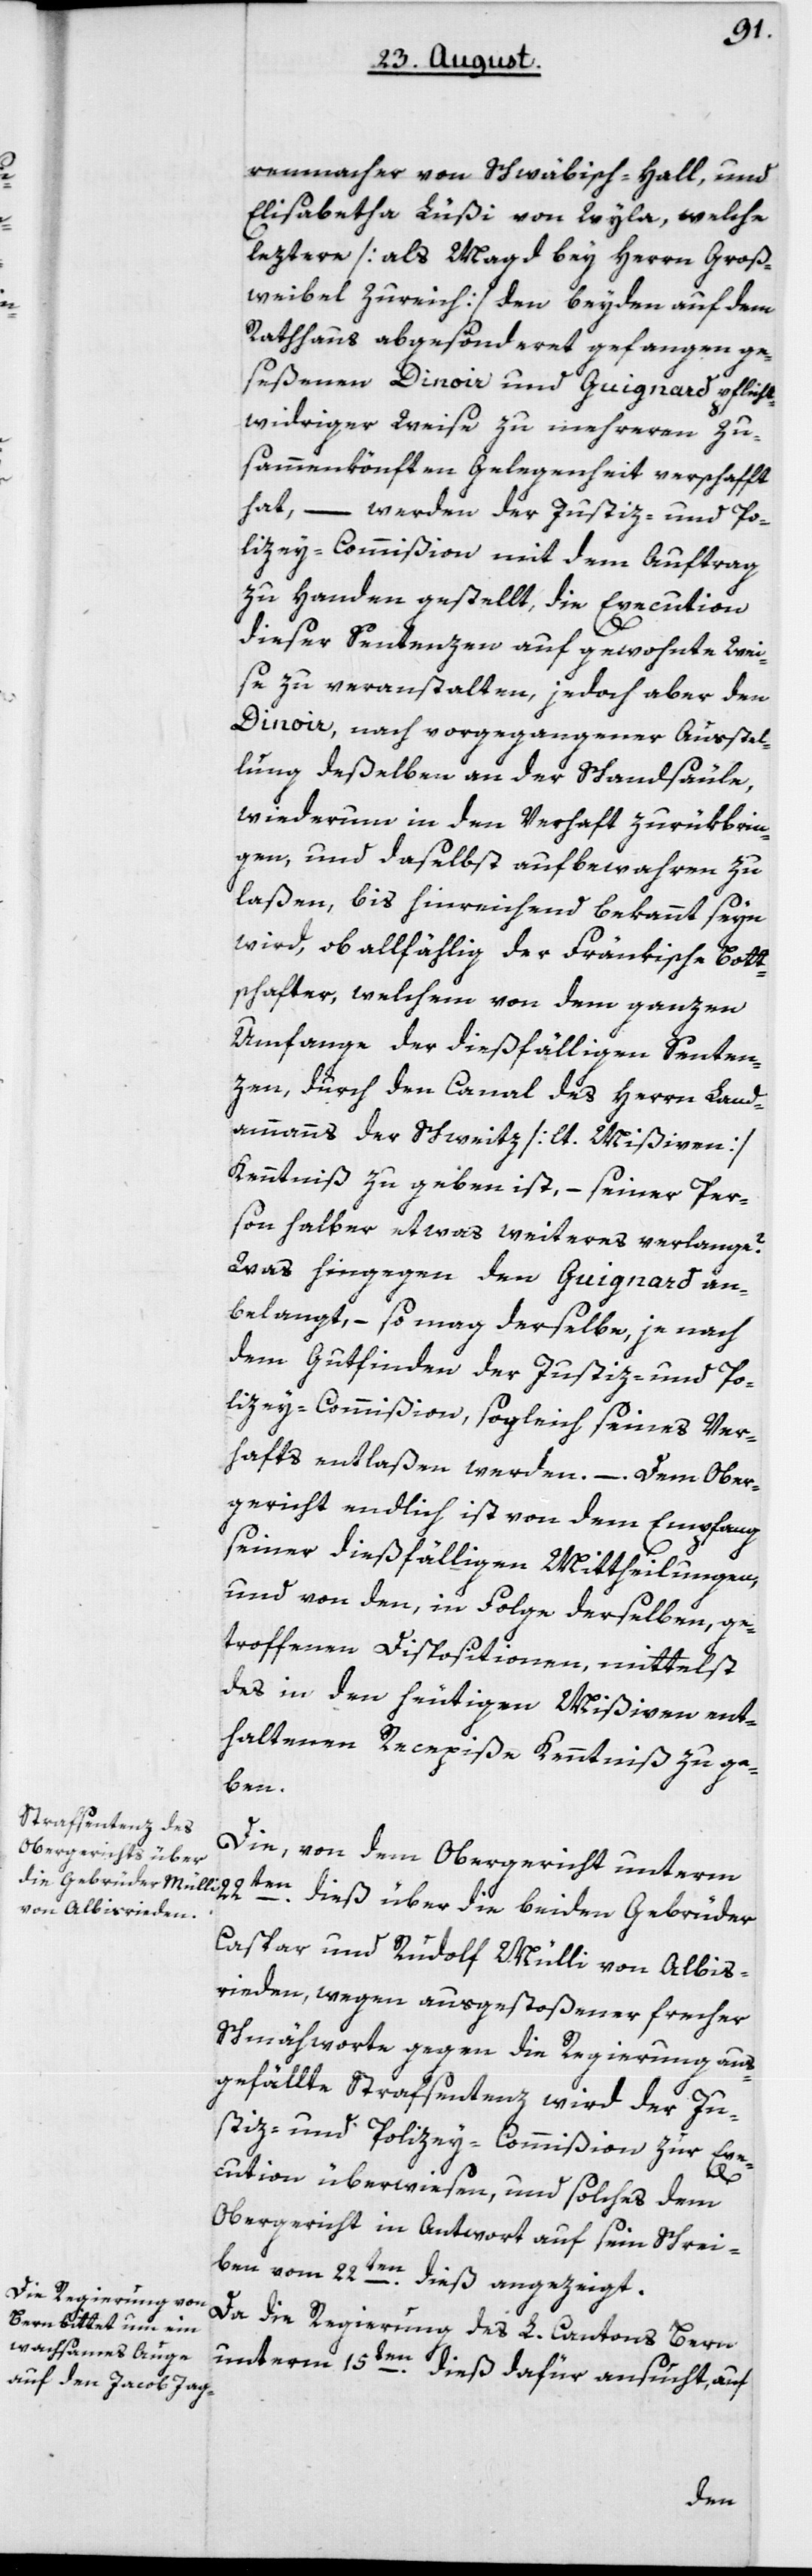
renmacher von Schwäbisch-Hall, und
Elisabetha Lüßi von Wila, welche
leztere [als Magd bey Herrn Groß¬
weibel Zureich] den beyden auf dem
Rathhaus abgesonderet gefangen ge¬
seßenen Dinoir und Guignard pflicht¬
widriger Weise zu mehreren Zu¬
sammenkönften Gelegenheit verschafft
hat, –
werden der Justiz- und Po¬
licey-Commißion mit dem Auftrag
zu Handen gestellt, die Execution
dieser Sentenzen auf gewohnte Wei¬
se zu veranstalten, jedoch aber den
Dinoir, nach vorgegangener Außtel¬
lung deßelben an der Schandsäule,
wiederum in den Verhaft zurükbrin¬
gen, und daselbst aufbewahren zu
laßen, bis hinreichend bekannt seyn
wird, ob allfällig der Fränkische Bot¬
schafter, welchem von dem ganzen
Umfange der dießfälligen Senten¬
zen, durch den Canal des Herrn Land¬
ammanns der Schweiz [lt. Mißiven]
Kenntniß zu geben ist, – seiner Per¬
son halber etwas Weiteres verlange?
Was hingegen den Guignard an¬
belangt, – so mag derselbe je nach
dem Gutfinden der Justiz- und Po¬
licey-Commißion, sogleich seines Ver¬
hafts entlaßen werden. – Dem Ober¬
gericht endlich ist von dem Empfang
seiner dießfälligen Mittheilungen,
und von den, in Folge derselben ge¬
troffenen Dispositionen, mittelst
des in den heutigen Mißiven ent¬
haltenen Recepiße Kenntniß zu ge¬
ben.
Die, von dem Obergericht unterm
Caspar und Rudolf Mülli von Albis¬
rieden, wegen ausgestoßener frecher
Schmähworte gegen die Regierung, aus¬
gefällte Strafsentenz wird der Ju¬
stiz- und Policey-Commißion zur Exe¬
bey¬
cution überwiesen, und solches dem
Obergericht in Antwort auf sein Schrei¬
ben vom 22ten dieß angezeigt.
Da die Regierung des L. Cantons Bern
unterm 15ten dieß dafür ansucht, auf
den